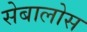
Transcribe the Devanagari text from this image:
सेबालोस